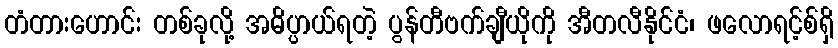
တံတားဟောင်း တစ်ခုလို့ အဓိပ္ပာယ်ရတဲ့ ပွန်တီဗက်ချီယိုကို အီတလီနိုင်ငံ၊ ဖလောရင့်စ်ရှိ